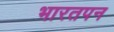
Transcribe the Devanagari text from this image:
भारतपन